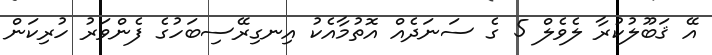
އޭ ޤަބޫލުކުރާ ލެވެލް 5 ގެ ސަނަދެއް އޮތުމާއެކު އިނގިރޭސިބަހުގެ ފެންވަރު ހުރިކަން